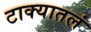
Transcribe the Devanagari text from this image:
टाक्यातलं